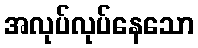
အလုပ်လုပ်နေသော